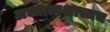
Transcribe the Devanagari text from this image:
अध्यात्मशास्त्रच